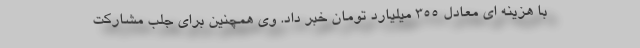
با هزینه ای معادل 355 میلیارد تومان خبر داد. وی همچنین برای جلب مشارکت